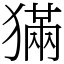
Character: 𤡁